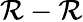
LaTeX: \mathcal{R}-\mathcal{R}